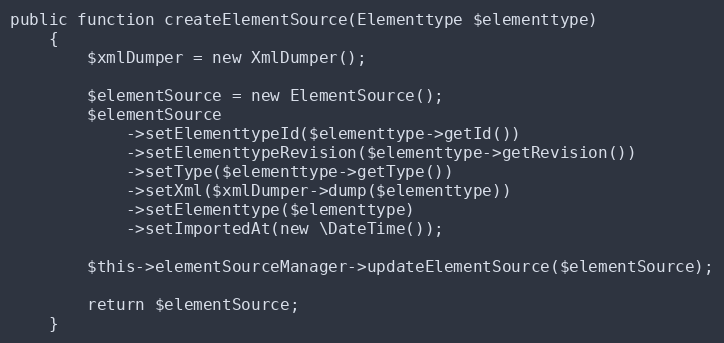
Language: PHP
public function createElementSource(Elementtype $elementtype)
    {
        $xmlDumper = new XmlDumper();

        $elementSource = new ElementSource();
        $elementSource
            ->setElementtypeId($elementtype->getId())
            ->setElementtypeRevision($elementtype->getRevision())
            ->setType($elementtype->getType())
            ->setXml($xmlDumper->dump($elementtype))
            ->setElementtype($elementtype)
            ->setImportedAt(new \DateTime());

        $this->elementSourceManager->updateElementSource($elementSource);

        return $elementSource;
    }